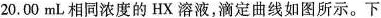
20.00mL相同浓度的HX溶液，滴定曲线如图所示。下